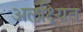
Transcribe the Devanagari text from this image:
अलक्ष्यित